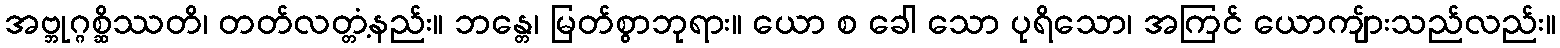
အဗ္ဘုဂ္ဂစ္ဆိဿတိ၊ တတ်လတ္တံ့နည်း။ ဘန္တေ၊ မြတ်စွာဘုရား။ ယော စ ခေါ သော ပုရိသော၊ အကြင် ယောကျ်ားသည်လည်း။